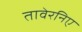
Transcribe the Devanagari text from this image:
तावेरनिए